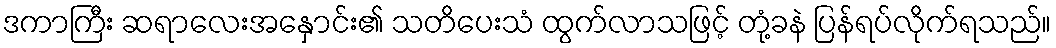
ဒကာကြီး ဆရာလေးအနှောင်း၏ သတိပေးသံ ထွက်လာသဖြင့် တုံ့ခနဲ ပြန်ရပ်လိုက်ရသည်။